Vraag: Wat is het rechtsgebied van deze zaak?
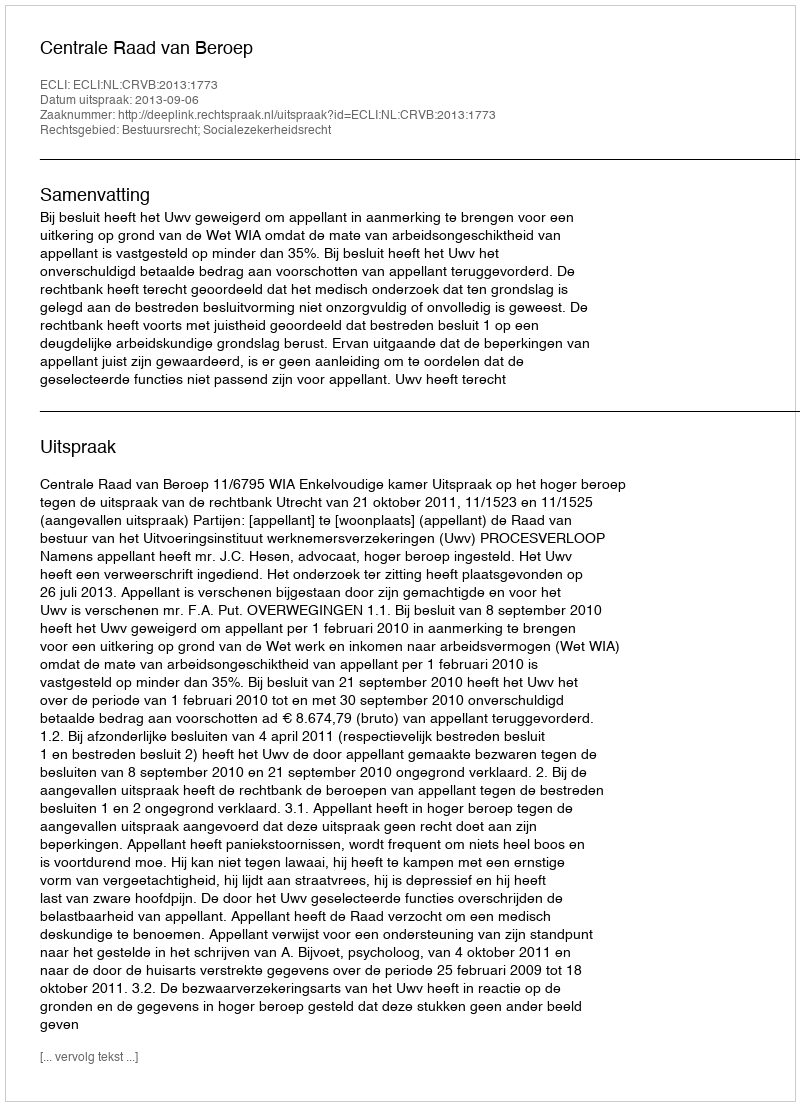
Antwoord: Bestuursrecht; Socialezekerheidsrecht